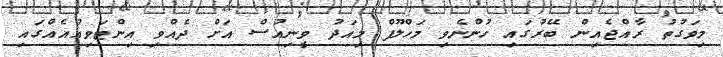
މިވަގުތު ރާއްޖެއިން ބޭރުގައި ހުންނެވި މަހްލޫފް މިއަދު ވީނިއުސް އަށް ދެއްވި އިންޓަވިއުއެއްގައި